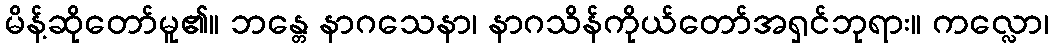
မိန့်ဆိုတော်မူ၏။ ဘန္တေ နာဂသေနာ၊ နာဂသိန်ကိုယ်တော်အရှင်ဘုရား။ ကလ္လော၊